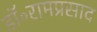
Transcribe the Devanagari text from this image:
डॉ॰रामप्रसाद